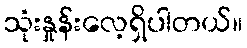
သုံးနှုန်းလေ့ရှိပါတယ်။